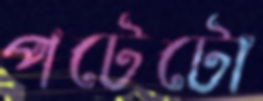
পটেটো